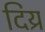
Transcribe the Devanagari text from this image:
दिय्र